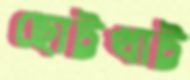
ছোট্টখাট্ট